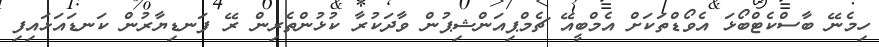
ހިމެނޭ ބާސްކެޓްބޯޅަ އެވޯޑްތަކަށް އެމްބީއޭ ޗެމްޕިއަންޝިޕުން ވާދަކުރާ ކުޅުންތެރިން ރޭ ފަނޑިޔާރުން ކަނޑައަޅައިފި